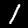
Label: 1